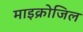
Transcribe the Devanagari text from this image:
माइक्रोजिल